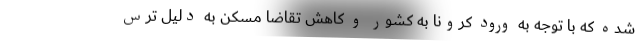
شده که با توجه به ورود کرونا به کشور و کاهش تقاضا مسکن به دلیل ترس